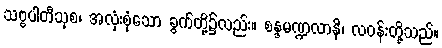
သဗ္ဗပါတီသုစ၊ အလုံးစုံသော ခွက်တို့၌လည်း။ စန္ဒမဏ္ဍလာနိ၊ လဝန်းတို့သည်။